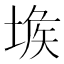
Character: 𡎇